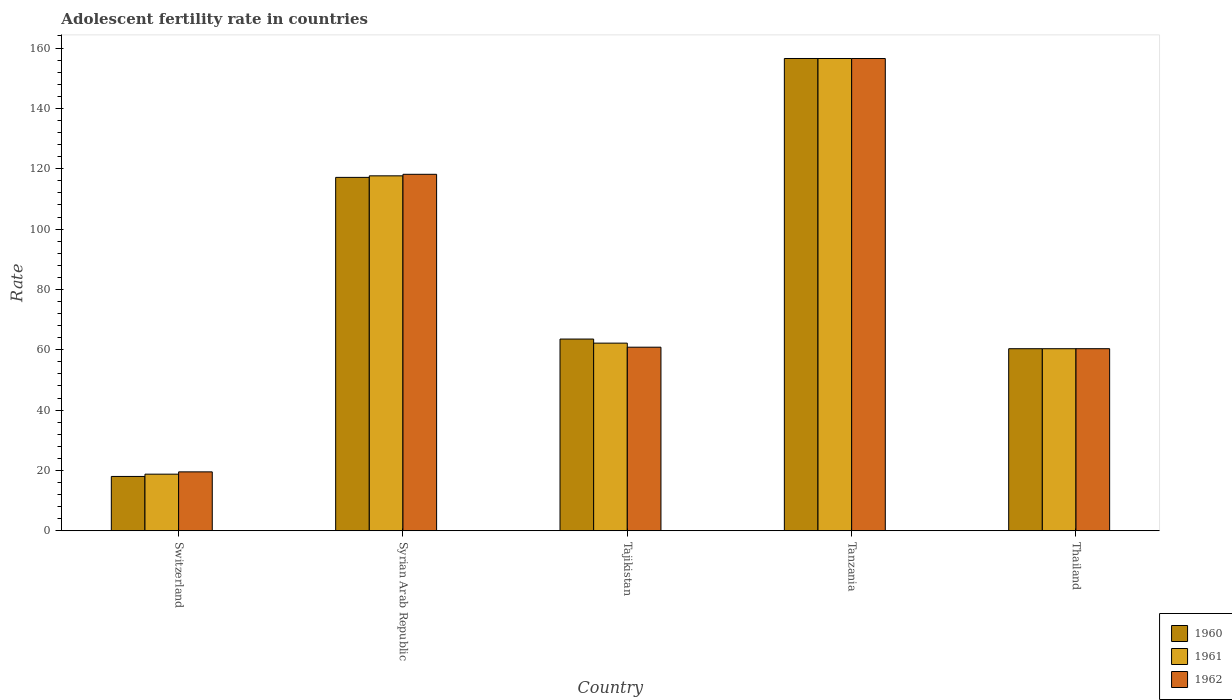
| Country | 1960 | 1961 | 1962 |
 | --- | --- | --- | --- |
 | Switzerland | 18 | 18.8 | 19.5 |
 | Syrian Arab Republic | 117 | 118 | 118 |
 | Tajikistan | 63.5 | 62.2 | 60.9 |
 | Tanzania | 157 | 157 | 157 |
 | Thailand | 60.4 | 60.4 | 60.4 |